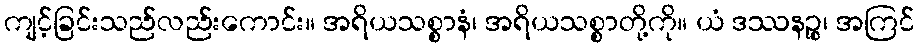
ကျင့်ခြင်းသည်လည်းကောင်း။ အရိယသစ္စာနံ၊ အရိယသစ္စာတို့ကို။ ယံ ဒဿနဉ္စ၊ အကြင်